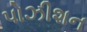
પોઝીશન